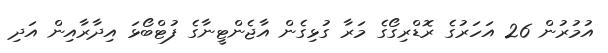
އުމުރުން 26 އަހަރުގެ ރޮޑްރިގޯގެ މަރާ ގުޅިގެން އާޖެންޓީނާގެ ފުޓްބޯޅަ އިދާރާއިން އަދި